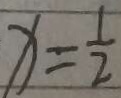
x = \frac { 1 } { 2 }